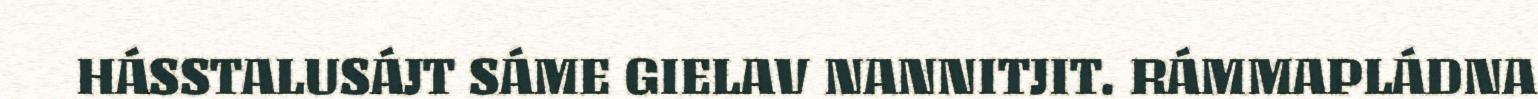
HÁSSTALUSÁJT SÁME GIELAV NANNITJIT. RÁMMAPLÁDNA